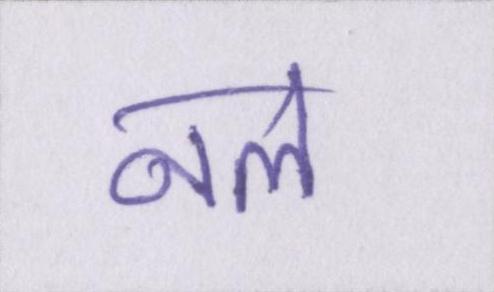
नल